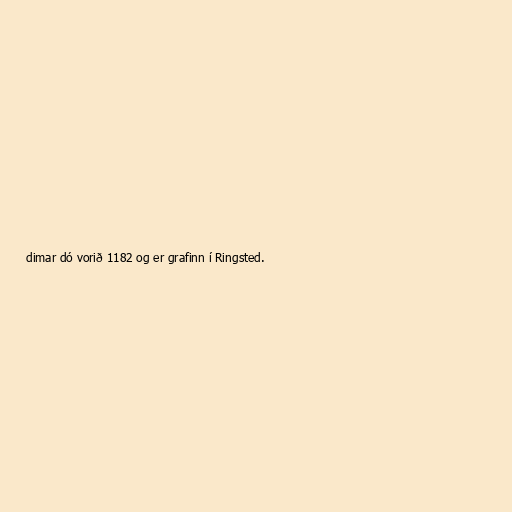
dimar dó vorið 1182 og er grafinn í Ringsted.